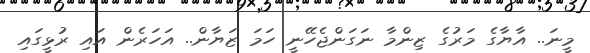
މީނަ.. އާޔާގެ މަރުގެ ޒިންމާ ނަގަންޖެހޭނީ ހަމަ ޒަޔާން.. އަހަރެން އައި ރުޅީގައި